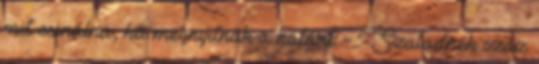
mit csinálna, ha megnyitnák a határt. - Szaladnék száz